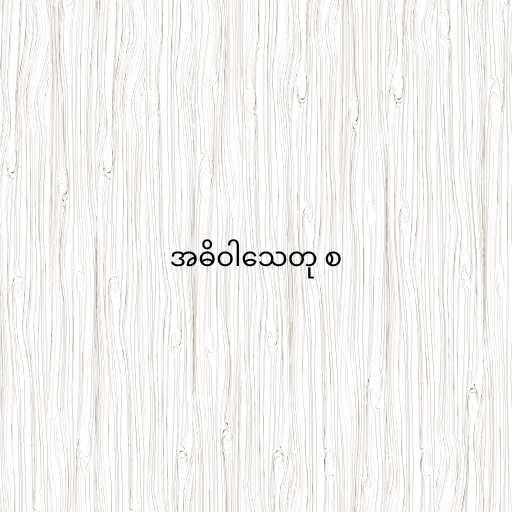
အဓိဝါသေတု စ